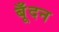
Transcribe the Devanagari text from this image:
बूँदन